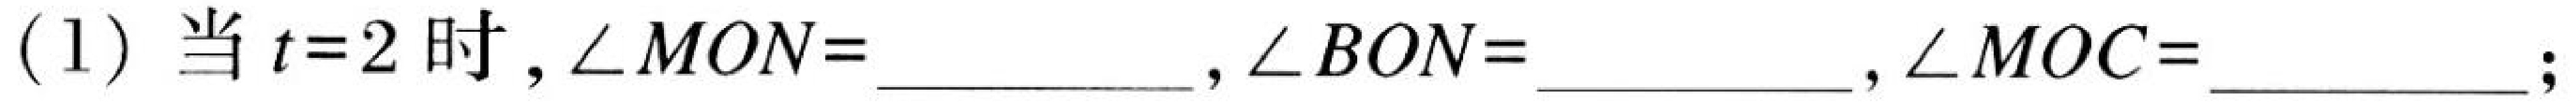
(1) 当$t = 2$时,$\angle MON=$__________,$\angle BON=$__________,$\angle MOC=$__________;